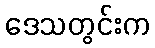
ဒေသတွင်းက